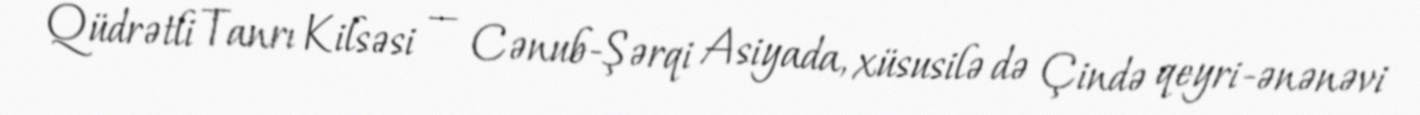
Qüdrətli Tanrı Kilsəsi — Cənub-Şərqi Asiyada, xüsusilə də Çində qeyri-ənənəvi